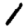
Digit: 1